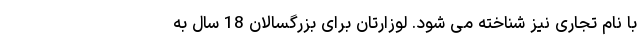
با نام تجاری نیز شناخته می شود. لوزارتان برای بزرگسالان 18 سال به